Report of the Bombay Plague Committee
Disease focus: Plague
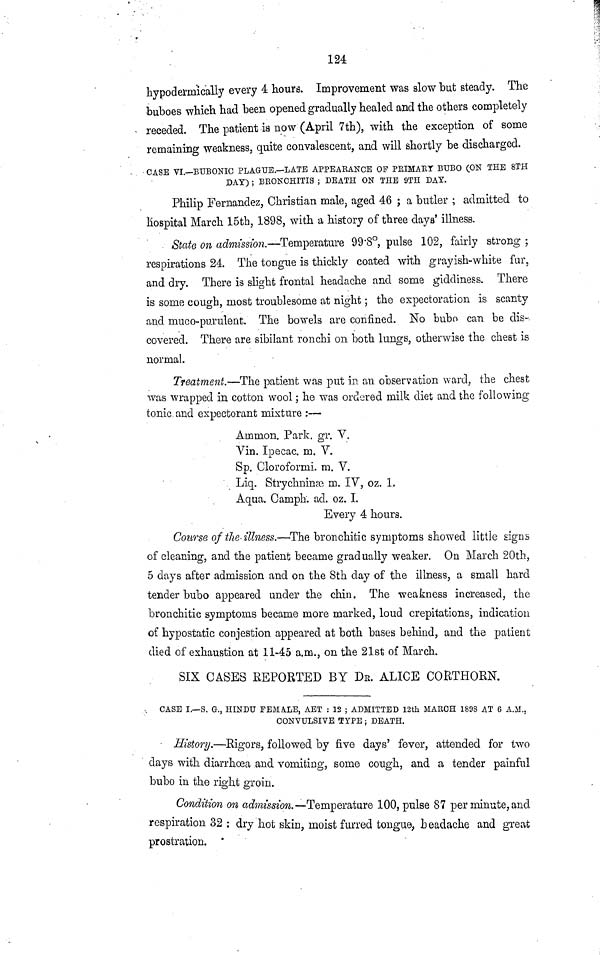
124
hypodermically every 4 hours. Improvement was slow but steady. The
buboes which had been opened gradually healed and the others completely
receded. The patient is now (April 7th), with the exception of some
remaining weakness, quite convalescent, and will shortly be discharged.
CASE VI.—BUBONIC PLAGUE.—LATE APPEARANCE OF PRIMARY BUBO (ON THE 8TH
DAY) ; BRONCHITIS ; DEATH ON THE 9TH DAY.
Philip Fernandez, Christian male, aged 46 ; a butler ; admitted to
Hospital March 15th, 1898, with a history of three days' illness.
State on admission,—Temperature 99·8°, pulse 102, fairly strong ;
respirations 24. The togue is thickly coated with grayish-white fur,
and dry. There is slight frontal headache and some giddiness. There
is some cough, most troublesome at night ; the expectoration is scanty
and muco-purulent. The bowels are confined. No bubo can be dis-
covered. There are sibilant ronchi on both lungs, otherwise the chest is
normal.
Treatment.—The patient was put in an observation ward, the chest
was wrapped in cotton wool ; he was ordered milk diet and the following
tonic and expectorant mixture :—
Ammon. Park. gr. V.
Vin. Ipecac, m. V.
Sp. Cloroformi. m. V.
Liq. Strychninge m. IV, oz. L
Aqua. Camph: ad. oz. I.
Every 4 hours.
Course of the illness.—The bronchitic symptoms showed little signs
of cleaning, and the patient became gradually weaker. On March 20th,
5 days after admission and on the 8th day of the illness, a small hard
tender bubo appeared under the chin. The weakness increased, the
bronchitic symptoms became more marked, loud crepitations, indication
of hypostatic conjestion appeared at both bases behind, and the patient
died of exhaustion at 11-45 a.m., on the 21st of March.
SIX CASES REPORTED BY DR. ALICE CORTHORN.
CASE I.—S. G., HINDU FEMALE, AET : 12 ; ADMITTED 12th MARCH 1898 AT 6 A.M.,
CONVULSIVE TYPE ; DEATH.
History.—Rigors, followed by five days' fever, attended for two
clays with diarrhœa and vomiting, some cough, and a tender painful
bubo in the right groin.
Condition on admission. —Temperature 100, pulse 87 per minute, and
respiration 32 : dry hot skin, moist furred tongue, headache and great
prostration.